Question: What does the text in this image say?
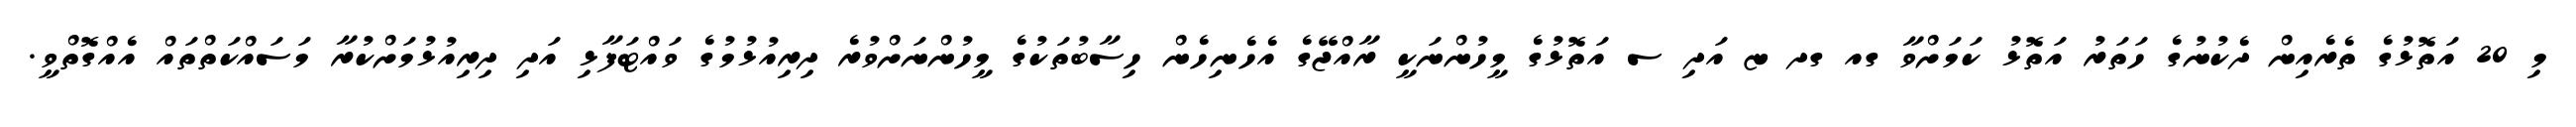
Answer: މި 20 އަތޮޅުގެ ތެރެއިން ދެކުނުގެ ހަތަރު އަތޮޅު ކަމަށްވާ ގއ ގދ ޏ އަދި ސ އަތޮޅުގެ މީހުންނަކީ ރާއްޖޭގެ އެހެނިހެން ހިސާބުތަކުގެ މީހުންނަށްވުރެ ދިރިއުޅުމުގެ ވައްޓަފާޅި އަދި ދިރިއުޅުމަށްކުރާ މަސައްކަތްތައް އެއްގޮތްވީ.